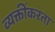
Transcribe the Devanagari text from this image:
व्यक्तींकरता